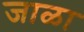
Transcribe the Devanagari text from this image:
जाळा